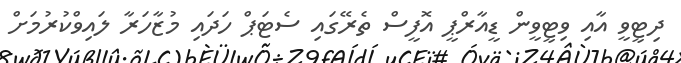
ދިޓީވީ އާއި ވިޓީވީން ޑީއާރްޕީ އޮފީސް ތެރޭގައި ސެޓަޕް ހަދައި މުޒާހަރާ ލައިވްކުރުމަށް